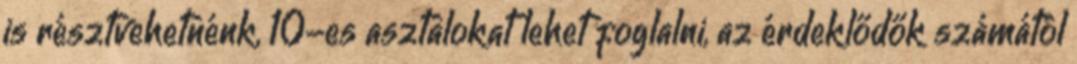
is résztvehetnénk, 10-es asztalokat lehet foglalni, az érdeklődők számától